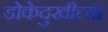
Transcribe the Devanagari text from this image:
डोकेदुखीच्या